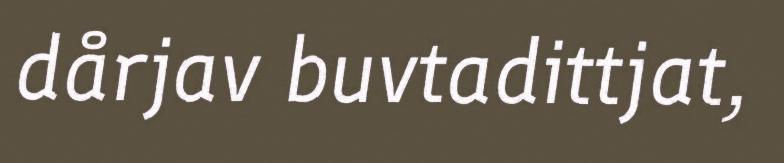
dårjav buvtadittjat,